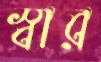
স্বার